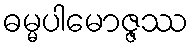
ဓမ္မပါမောဇ္ဇဿ